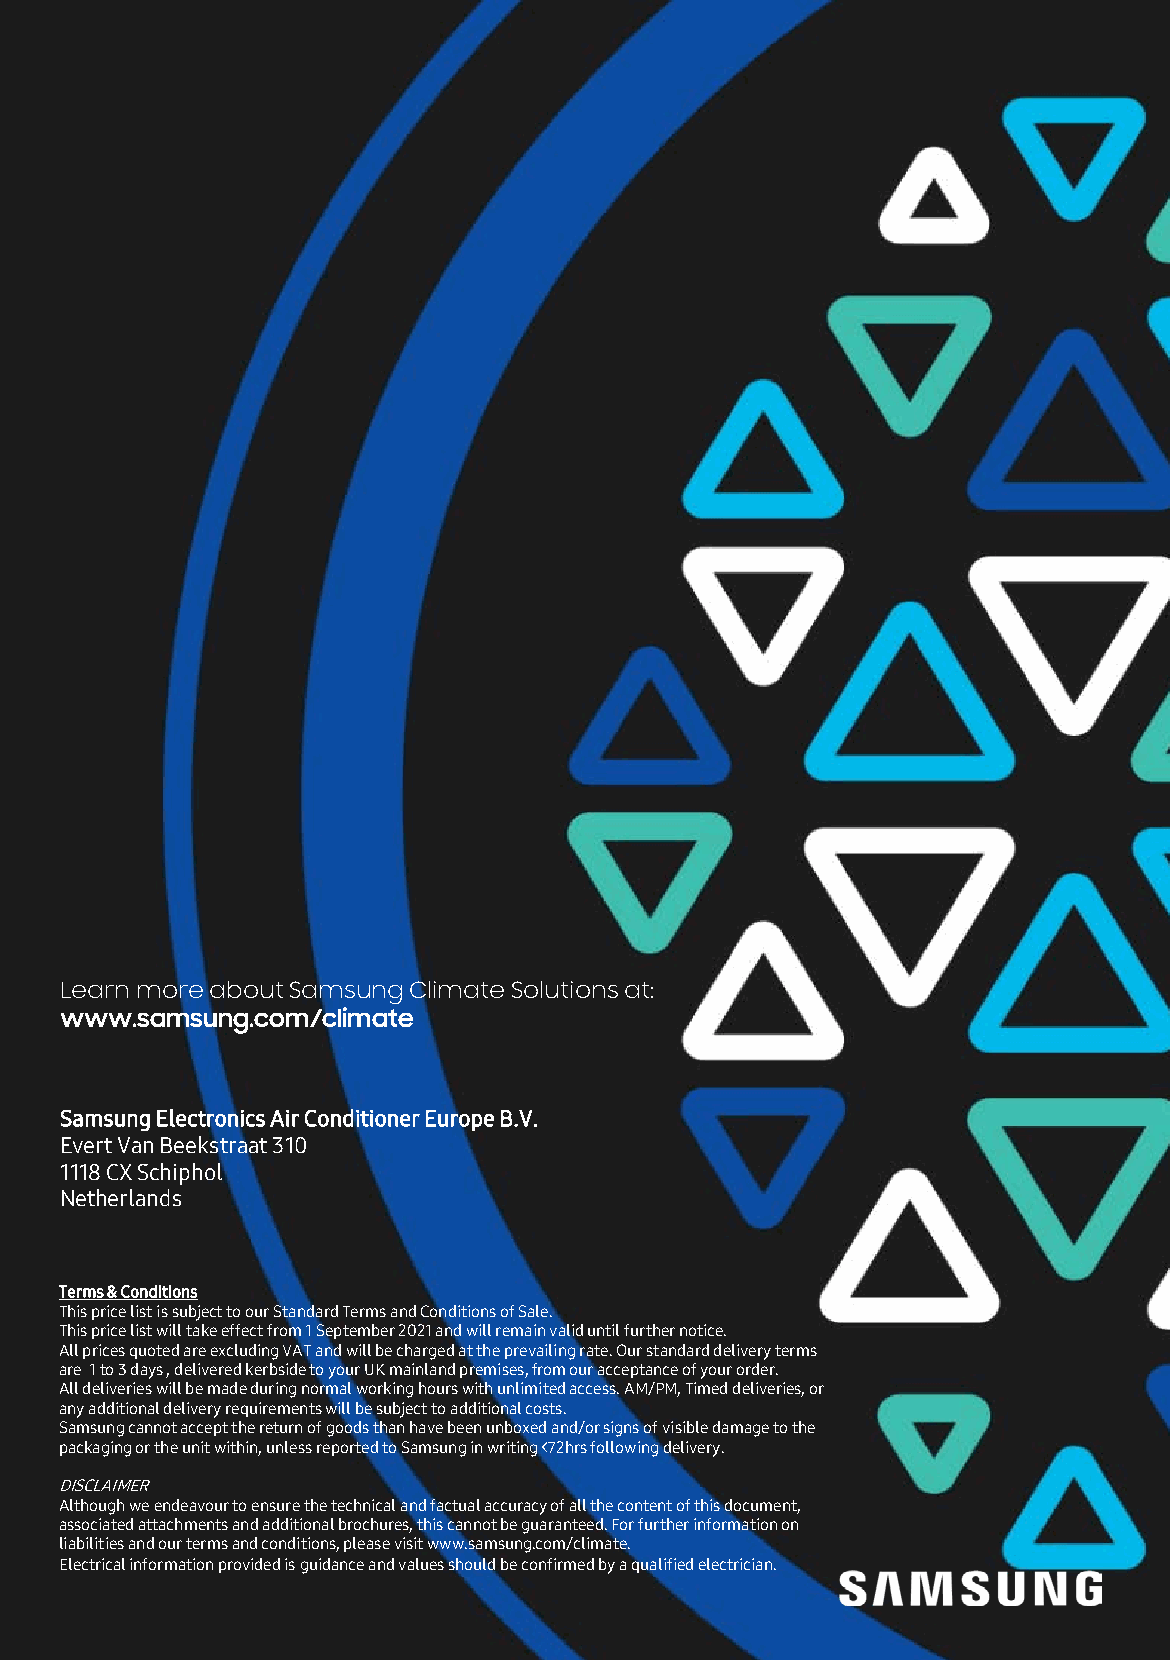
Learn more about Samsung ClimateSolutions at:
 www.samsung.com/climate
 Samsung Electronics Air Conditioner Europe B.V.
 Evert Van Beekstraat 310
 1118 CX Schiphol
 Netherlands
 Terms & Conditions
 This price list is subject to our Standard Terms and Conditions of Sale.
 This price list will take effect from 1 September2021 and will remain valid until further notice.
 All prices quoted are excluding VAT and will be charged at the prevailing rate.Our standard delivery terms
 are 1to 3 days , delivered kerbside to your UK mainland premises,from our acceptance of your order.
 All deliveries will be made during normal working hours with unlimited access.AM/PM, Timed deliveries, or
 any additional delivery requirements will be subject to additional costs.
 Samsung cannot accept the return of goods than have been unboxed and/or signs of visible damageto the
 packaging or the unit within, unless reported to Samsung in writing <72hrs following delivery.
 DISCLAIMER
 Although we endeavour to ensure the technical and factual accuracy of all the content of this document,
 associated attachments and additional brochures, this cannot be guaranteed.For further information on
 liabilities and our terms and conditions,please visit www.samsung.com/climate.
 Electrical information provided is guidance and values should be confirmed by a qualified electrician.